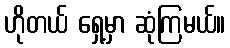
ဟိုတယ် ရှေ့မှာ ဆုံကြမယ်။